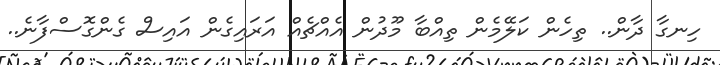
ހިނގާ ދާން.. ތިހެން ކަލޭމެން ތިއްބާ މޫދުން އެއްޗެއް އަރައިގެން އައިސް ގެންގޮސްފާނެ..